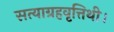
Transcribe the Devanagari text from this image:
सत्याग्रहवृत्तिथी।